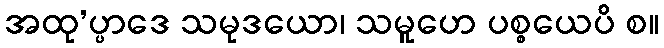
အထု’ပ္ပာဒေ သမုဒယော၊ သမူဟေ ပစ္စယေပိ စ။